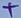
Text: +